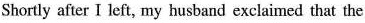
Shortly after I left, my husband exclaimed that the